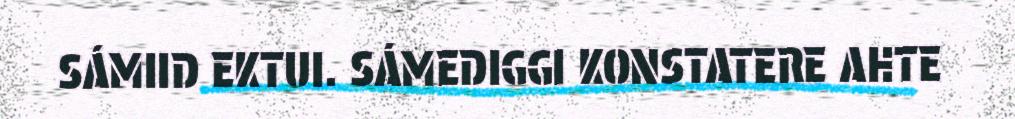
SÁMIID EKTUI. SÁMEDIGGI KONSTATERE AHTE